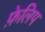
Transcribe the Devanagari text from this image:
फ़ेलिप